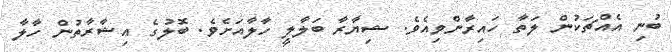
ބުނި އެއްޗަކުން ލަތާ ހައިރާންވިއެވެ. ޝިިޔާރާ ބަލާލީ ހާލާއަށެވެ. ބޮލުގެ އިޝާރާތުން ހާލާ